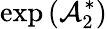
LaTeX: \exp\left(\mathcal{A}_{2}^{\ast}\right)